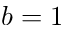
b = 1